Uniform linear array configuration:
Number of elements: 16
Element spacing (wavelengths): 0.75
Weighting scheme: cosine
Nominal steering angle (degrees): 0
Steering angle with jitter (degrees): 0.9142
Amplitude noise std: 0.05
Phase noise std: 0.05

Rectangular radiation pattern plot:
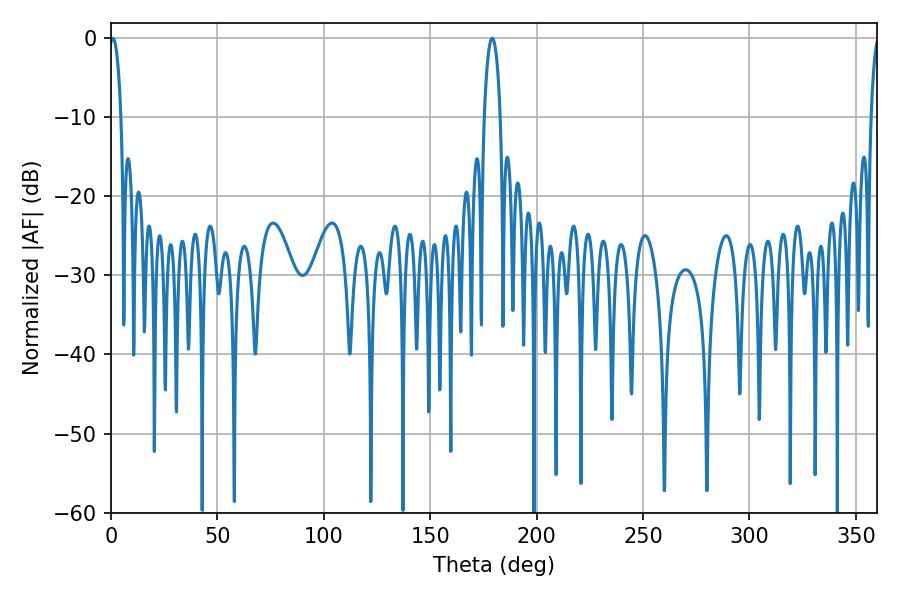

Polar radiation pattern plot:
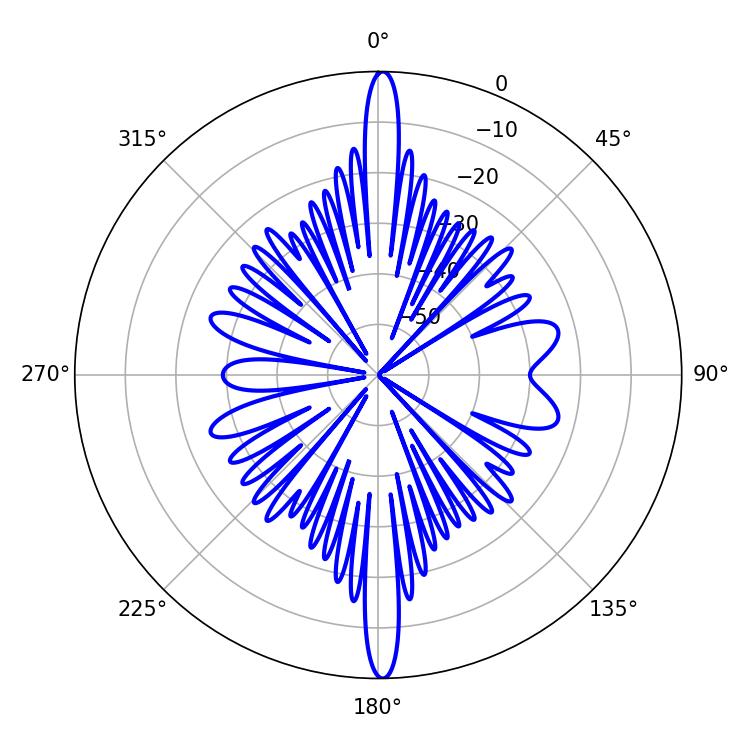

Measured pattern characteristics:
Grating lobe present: TRUE
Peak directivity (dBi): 27.718
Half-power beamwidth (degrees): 3.06
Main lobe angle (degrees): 0.9